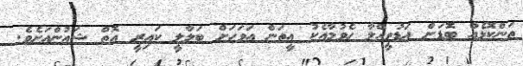
ތަންކޮޅެއް ބޮޑަށް އަޑުވީއްލާ ހެވުމާއެކު އީތަން އަވަހަށް ބަލާލީ ކައިރީ އޮތް ޝައުންއަށެވެ.